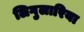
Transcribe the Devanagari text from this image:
लिगुलारिया